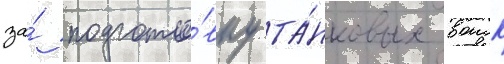
за́ подгото́вку та́нковых воиск